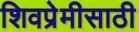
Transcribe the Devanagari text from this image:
शिवप्रेमीसाठी